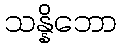
သန္နိဘော